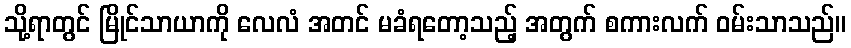
သို့ရာတွင် မြိုင်သာယာကို လေလံ အတင် မခံရတော့သည့် အတွက် စကားလက် ဝမ်းသာသည်။